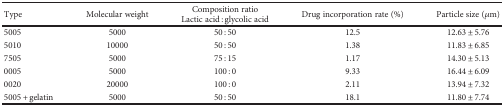
| <ROWSPAN=2> Type | <ROWSPAN=2> Molecular weight | Composition ratio | <ROWSPAN=2> Drug incorporation rate (%) | <ROWSPAN=2> Particle size (μm) |
 | Lactic acid : glycolic acid |
 | --- | --- | --- | --- | --- |
 | 5005 | 5000 | 50 : 50 | 12.5 | 12.63 ± 5.76 |
 | 5010 | 10000 | 50 : 50 | 1.38 | 11.83 ± 6.85 |
 | 7505 | 5000 | 75 : 15 | 1.17 | 14.30 ± 5.13 |
 | 0005 | 5000 | 100 : 0 | 9.33 | 16.44 ± 6.09 |
 | 0020 | 20000 | 100 : 0 | 2.11 | 13.94 ± 7.32 |
 | 5005 + gelatin | 5000 | 50 : 50 | 18.1 | 11.80 ± 7.74 |